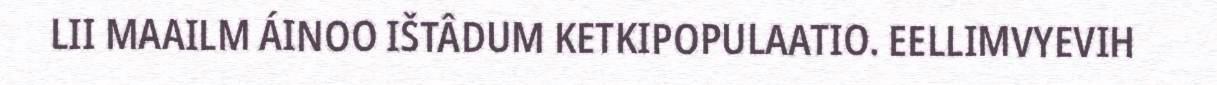
LII MAAILM ÁINOO IŠTÂDUM KETKIPOPULAATIO. EELLIMVYEVIH